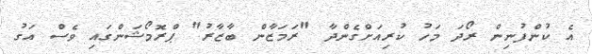
އެ ކުންފުނިން ރޯދަ މަހު ކުރިއަށްގެންދާ "ރަމަޒާން ބާޒާރު" ޕްރޮމޯޝަންގައި ވެސް އަގު